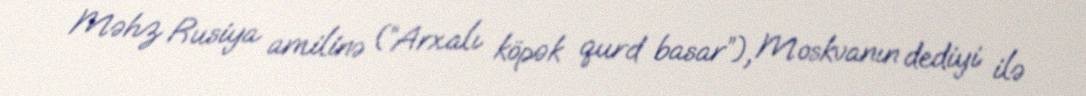
Məhz Rusiya amilinə (“Arxalı köpək qurd basar”), Moskvanın dediyi ilə